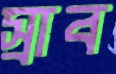
স্রাব